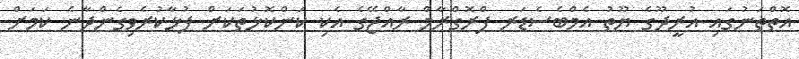
އޮތްތަނުގައި އުރީދޫގެ ޔޫތު އެމްބެސެޑަރ ޕްރޮގްރާމް ރާއްޖޭގެ އެކި ކަންކޮޅުތަކަށް ފުޅާކުރެވިގެންދާނެ ކަމަށް